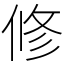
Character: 修